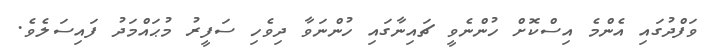
ވަފްދުގައި އެންމެ އިސްކޮށް ހުންނެވީ ޗައިނާގައި ހުންނަވާ ދިވެހި ސަފީރު މުޙައްމަދު ފައިސަލެވެ.